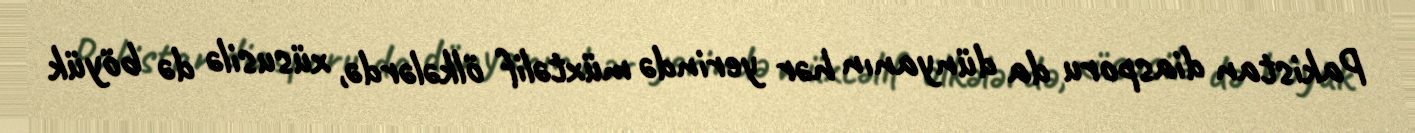
Pakistan diasporu da dünyanın hər yerində müxtəlif ölkələrdə, xüsusilə də böyük